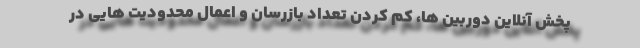
پخش آنلاین دوربین ها، کم کردن تعداد بازرسان و اعمال محدودیت هایی در